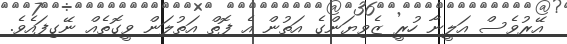
އޭރުވެސް އަލީނާ ހުރީ ޒެވިޔަންގެ އަތުން އެ ފޮތް އަތުލަން ވީގޮތެއް ނޭގިފައެވެ.